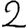
Digit: 2